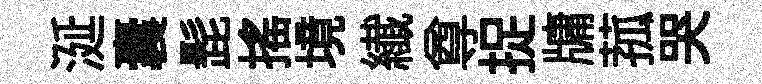
涎囊髭摇境纎尊捉牗菰哭